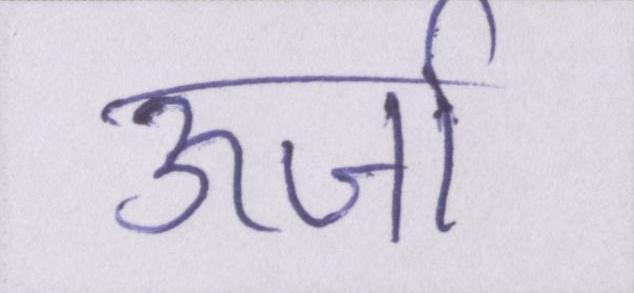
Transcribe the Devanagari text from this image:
ऊर्जा